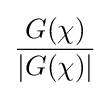
G(\chi ) \over {\left|G(\chi )\right\vert }